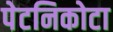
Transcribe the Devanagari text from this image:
पेटनिकोटा